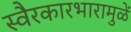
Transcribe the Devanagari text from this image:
स्वैरकारभारामुळें